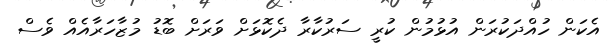
އެކަން ހުއްދަކުރަން އުޅުމުން ކުރީ ސަރުކާރާ ދެކޮޅަށް ވަރަށް ބޮޑު މުޒާހަރާއެއް ވެސް